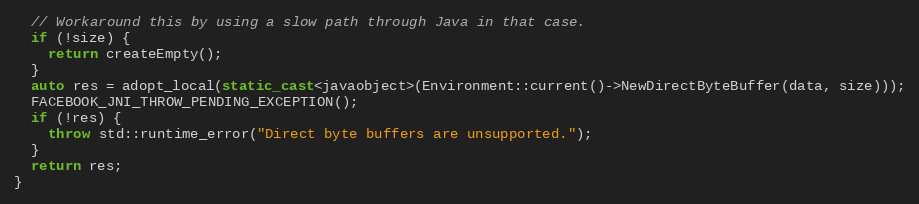
Language: C++
  // Workaround this by using a slow path through Java in that case.
  if (!size) {
    return createEmpty();
  }
  auto res = adopt_local(static_cast<javaobject>(Environment::current()->NewDirectByteBuffer(data, size)));
  FACEBOOK_JNI_THROW_PENDING_EXCEPTION();
  if (!res) {
    throw std::runtime_error("Direct byte buffers are unsupported.");
  }
  return res;
}